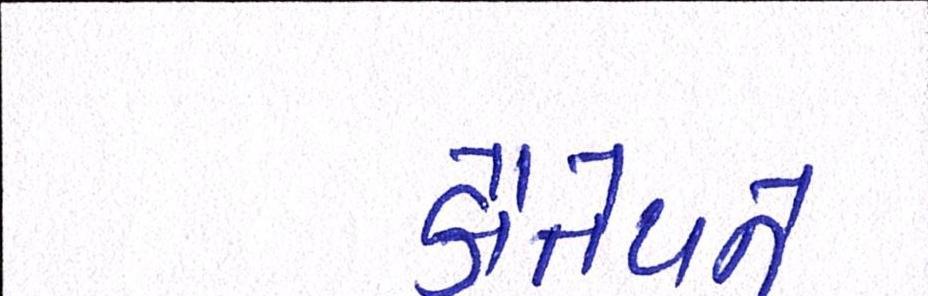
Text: કૌંતેયને